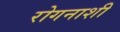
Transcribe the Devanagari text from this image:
रोगनाशी